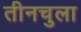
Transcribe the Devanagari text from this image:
तीनचुला